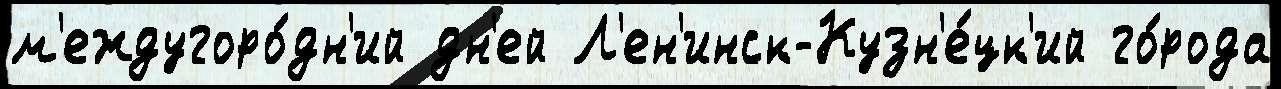
м'еждугоро́дн'ий дн'ей Л'ен'инск-Кузн'е́цк'ий го́рода